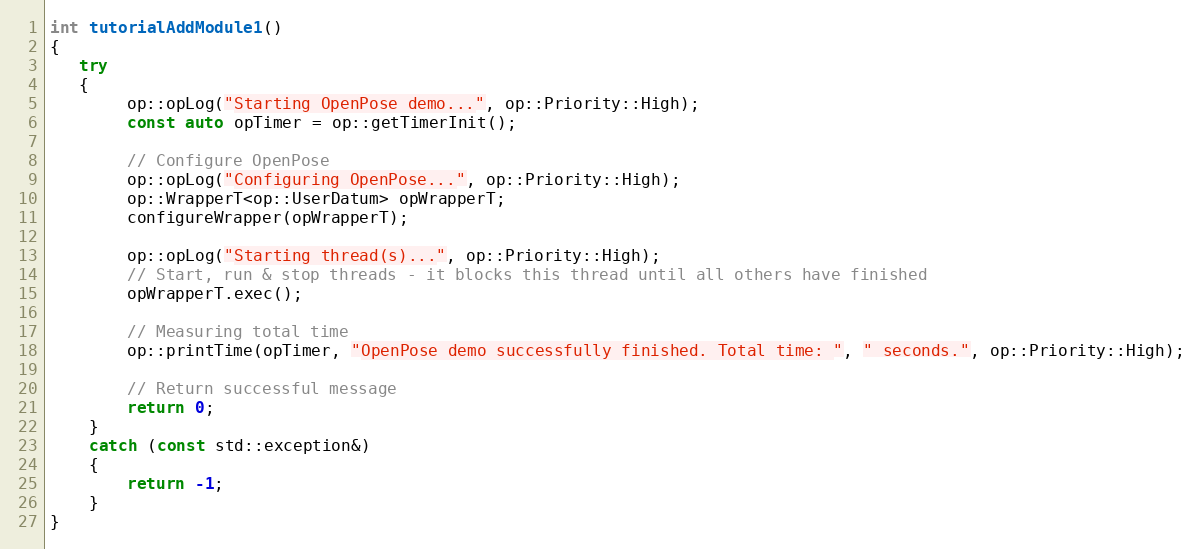
Language: C++
int tutorialAddModule1()
{
   try
   {
        op::opLog("Starting OpenPose demo...", op::Priority::High);
        const auto opTimer = op::getTimerInit();

        // Configure OpenPose
        op::opLog("Configuring OpenPose...", op::Priority::High);
        op::WrapperT<op::UserDatum> opWrapperT;
        configureWrapper(opWrapperT);

        op::opLog("Starting thread(s)...", op::Priority::High);
        // Start, run & stop threads - it blocks this thread until all others have finished
        opWrapperT.exec();

        // Measuring total time
        op::printTime(opTimer, "OpenPose demo successfully finished. Total time: ", " seconds.", op::Priority::High);

        // Return successful message
        return 0;
    }
    catch (const std::exception&)
    {
        return -1;
    }
}